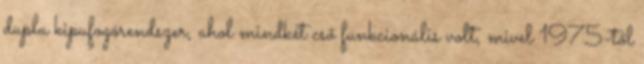
dupla kipufogórendszer, ahol mindkét cső funkcionális volt, mivel 1975-től